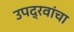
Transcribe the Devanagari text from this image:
उपद्रवांचा